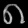
Digit: ၈